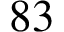
8 3